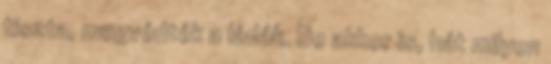
tiszta, megvédték a ládák. De akkor is, hát milyen